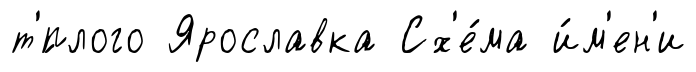
т'́плого Ярославка Сх'е́ма и́м'ен'и